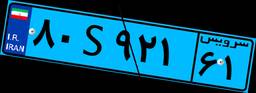
۸۰S۹۲۱۶۱